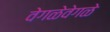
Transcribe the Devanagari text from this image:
वेगळेवेगळे